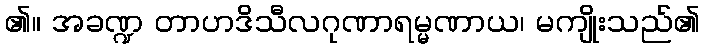
၏။ အခဏ္ဍ တာဟဒိသီလဂုဏာရမ္မဏာယ၊ မကျိုးသည်၏